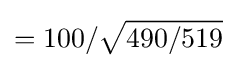
=100/{\sqrt {490/519}}